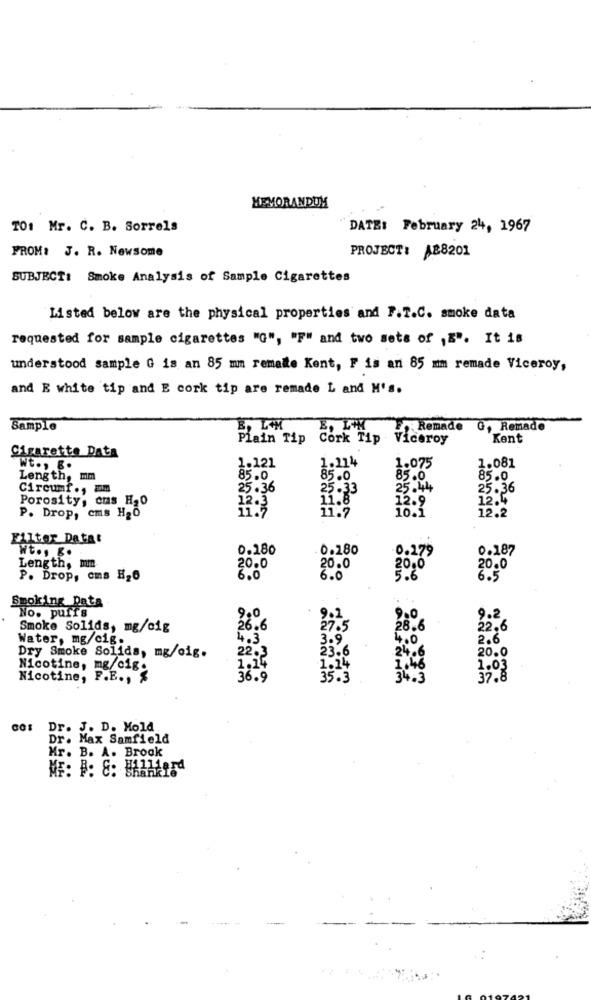
MEMORANDUM
TOI Mr. C. B. Sorrels
DATE: February 24, 1967
FROM: J. R. Newsome
PROJECT: A88201
SUBJECT: Smoke Analysis of Sample Cigarettes
Listed below are the physical properties and P.T.C. smoke data
requested for sample cigarettes "G", "F" and two sets of ,&". It is
understood sample G is an 85 mm remate Kent, F is an 85 mm remade Viceroy,
and E white tip and E cork tip are remade L and M's.
Sample
E, L'M
E, L'M
Remade
G, Remade
Plain Tip Cork Tip Viceroy
Kent
Cigarette Data
1.081
Wt ., B.
1.121
1.214
1.075
Length, mm
85.0
85.0
85.0
85.0
Circumf ., EM
25.36
25.33
25.44
25.36
Porosity, cns H20
12.3
11.8
12.9
12.4
11.7
11.7
12.2
P. Drop, cms H2O
10.1
Elltør Datat
Wt ., g.
0.280
0.180
0.279
0.187
Length, mm
20.0
20.0
20.0
20.0
P. Drop, cms H26
6.0
6.0
5.6
6.5
Smoking Data
No. puffs
9.0
9.1
9.0
9.2
Smoke Solids, mg/cig
26.6
27.5
28.6
22.6
Water, mg/cig.
4,3
3.9
4.0
2.6
22.3
23.6
24.6
20.0
Dry Smoke Solids, mg/oig.
Nicotine, mg/cig.
1.14
1.24
1.46
1.03
Nicotine, F.E ., $
36.9
35.3
34.3
37.8
cos Dr. J. D. Mold
Dr. Max Samfield
Mr. B. A. Brook
MF: : C: Shankle
Hilliard